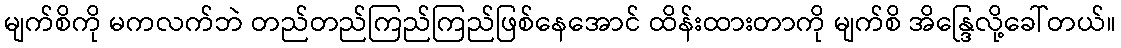
မျက်စိကို မကလက်ဘဲ တည်တည်ကြည်ကြည်ဖြစ်နေအောင် ထိန်းထားတာကို မျက်စိ အိန္ဒြေလို့ခေါ်တယ်။